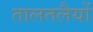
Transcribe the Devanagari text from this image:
तालतलैयों